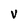
Character: V